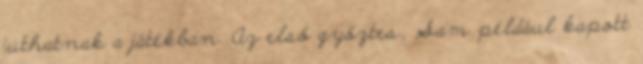
juthatnak a játékban. Az első győztes, Sam például kapott